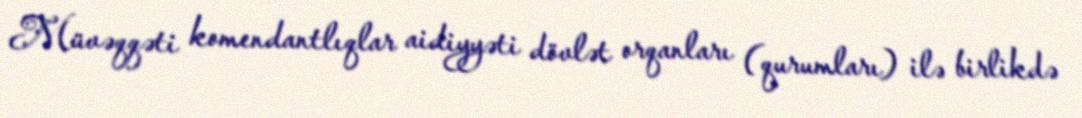
Müvəqqəti komendantlıqlar aidiyyəti dövlət orqanları (qurumları) ilə birlikdə